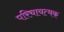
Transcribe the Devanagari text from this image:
परिचायत्मक